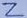
Text: Z